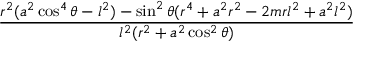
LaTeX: \frac { r ^ { 2 } ( a ^ { 2 } \cos ^ { 4 } \theta - l ^ { 2 } ) - \sin ^ { 2 } \theta ( r ^ { 4 } + a ^ { 2 } r ^ { 2 } - 2 m r l ^ { 2 } + a ^ { 2 } l ^ { 2 } ) } { l ^ { 2 } ( r ^ { 2 } + a ^ { 2 } \cos ^ { 2 } \theta ) }